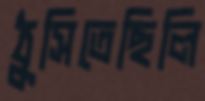
ঠুসিতেছিলি